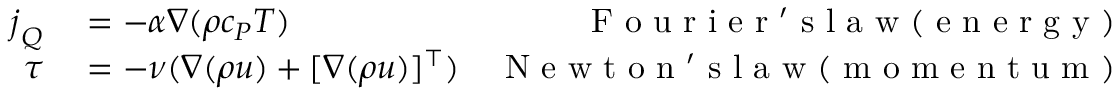
\begin{array} { r l r } { \boldsymbol { j } _ { Q } } & { { } = - \alpha \nabla ( \rho c _ { P } T ) } & { \mathrm { ~ F ~ o ~ u ~ r ~ i ~ e ~ r ~ ' ~ s ~ l ~ a ~ w ~ ( ~ e ~ n ~ e ~ r ~ g ~ y ~ ) ~ } } \\ { \boldsymbol { \tau } } & { { } = - \nu ( \nabla ( \rho \boldsymbol { u } ) + [ \nabla ( \rho \boldsymbol { u } ) ] ^ { \top } ) } & { \mathrm { ~ N ~ e ~ w ~ t ~ o ~ n ~ ' ~ s ~ l ~ a ~ w ~ ( ~ m ~ o ~ m ~ e ~ n ~ t ~ u ~ m ~ ) ~ } } \end{array}